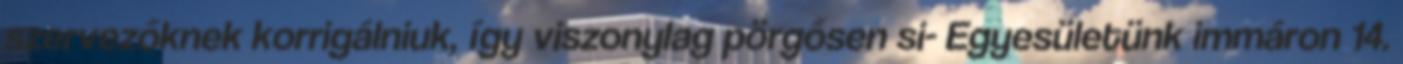
szervezőknek korrigálniuk, így viszonylag pörgősen si- Egyesületünk immáron 14.